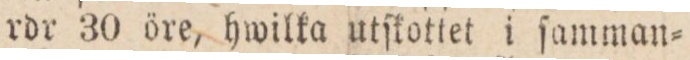
rdr 30 öre, hwilka utſkottet i ſamman=